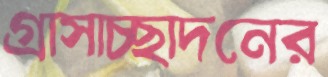
গ্রাসাচ্ছাদনের